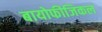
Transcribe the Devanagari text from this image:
बायोफीजिकल